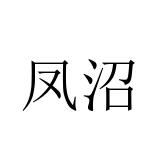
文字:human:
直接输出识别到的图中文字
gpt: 凤沼